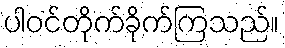
ပါဝင်တိုက်ခိုက်ကြသည်။